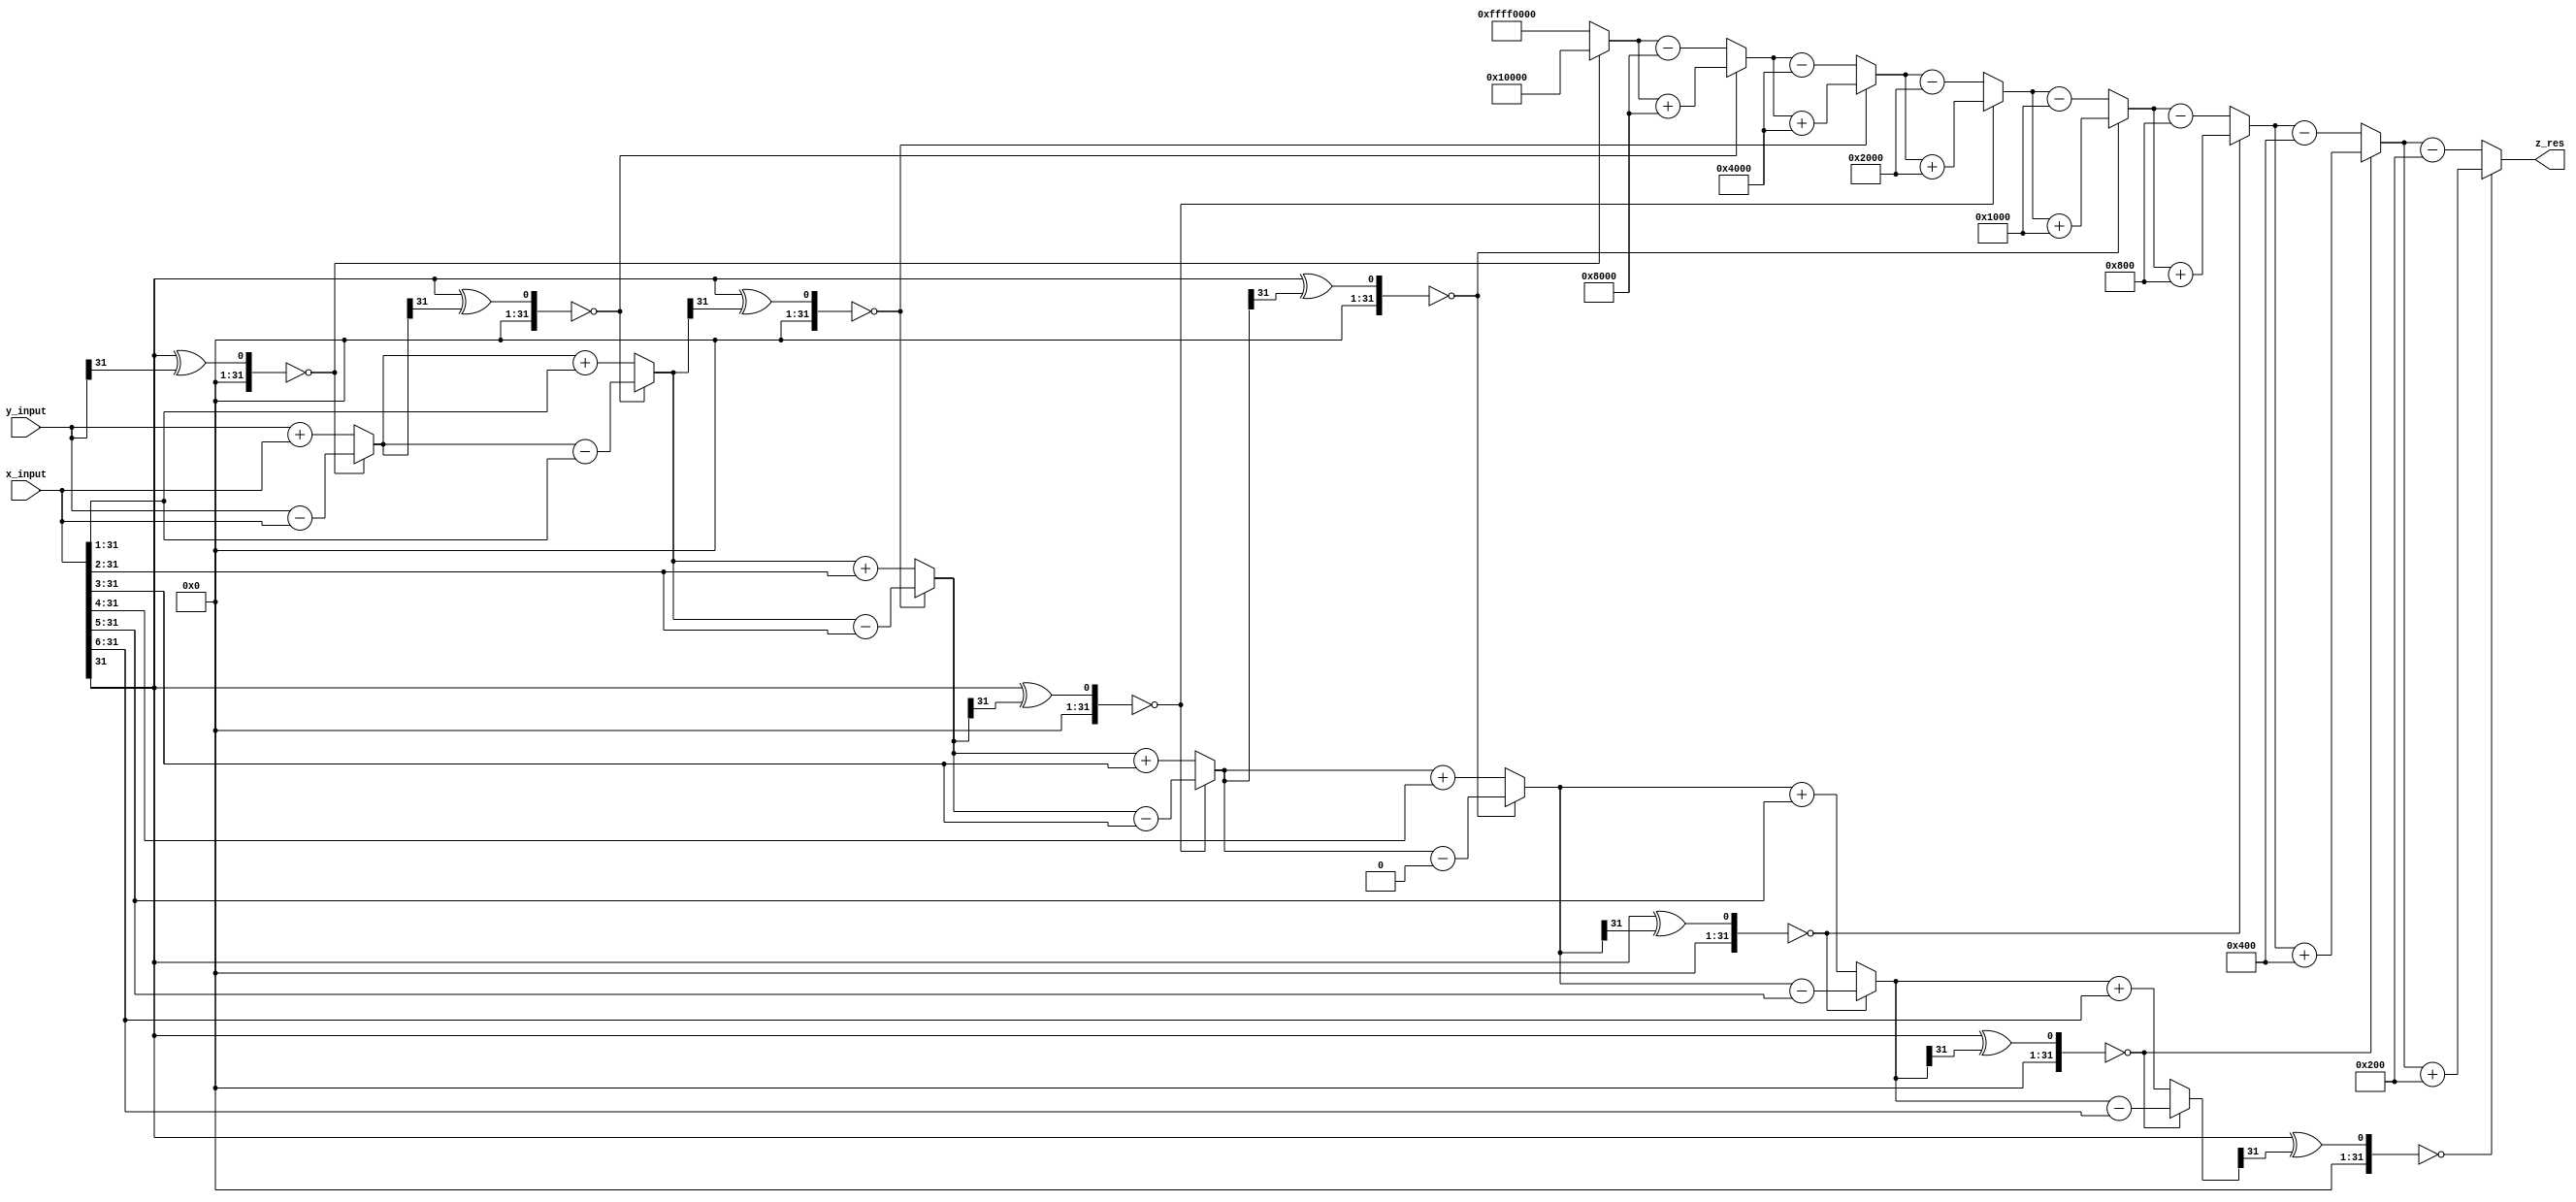
module cordic_division_comb_hyperbolic(x_input,y_input,z_res);

// Apparently verilog does not support two dimensional arrays as ports (system verilog does)
// However, let us see if this works for simulation

// input clk,rst;  // Input clock and reset signals
 input signed [31:0] x_input;   // 20 bits to denote the x input(16 bits including MSB for the integer part and 4 bits for the fractional part)
 input signed [31:0] y_input;   // 20 bits to denote the y input (16 bits including MSB for the integer part and 4 bits for the fractional part)
 
 output reg signed [31:0] z_res; // 20 bits (4 for integer part and 16 for fractional part) 
 
// reg signed [31:0] x_input_clk ;  // to store the x input (4 bits for the integer part including MSB and 16 bits for the fractional part)
// reg signed [31:0] y_input_clk ;  // to store the y input (4 bits for the integer part including MSB and 16 bits for the fractional part)
 
 reg signed [31:0] x;        // to store the x results of each step (4 bits for the integer part including MSB and 16 bits for the fractional part)
 reg signed [31:0] y [9:0];  // to store the y results of each step (4 bits for the integer part including MSB and 16 bits for the fractional part)
 
 wire signed[31:0] look_up [8:0];       // to store look up values of arc tan using 20 bits (16 bits including MSB to denote the integer part and 4 bits to denote the fractional part)
 reg  signed[31:0] z[8:0];  // Array of 20 bit registers to store the rotated angle 
 reg  d[8:0]; // Array of 1 bit registers to denote the direction of rotation. 1/0 => Anticlockwise / Clockwise rotation 
 
 // In the look up table of (2^-i), 4 bits are used for integer and 16 bits are used for fractional part
 assign look_up[0] = {16'd1,16'b0000000000000000};   // 2 ^ (-0) = 1
 assign look_up[1] = {16'd0,16'b1000000000000000};   // 2 ^ (-1) = 0.5
 assign look_up[2] = {16'd0,16'b0100000000000000};   // 2 ^ (-2) = 0.25
 assign look_up[3] = {16'd0,16'b0010000000000000};   // 2 ^ (-3) = 0.125
 assign look_up[4] = {16'd0,16'b0001000000000000};   // 2 ^ (-4) = 0.0625
 assign look_up[5] = {16'd0,16'b0000100000000000};   // 2 ^ (-5) = 0.03125
 assign look_up[6] = {16'd0,16'b0000010000000000};   // 2 ^ (-6) = 0.015625
 assign look_up[7] = {16'd0,16'b0000001000000000};   // 2 ^ (-7) = 0.0078125
 assign look_up[8] = {16'd0,16'b0000000100000000};   // 2 ^ (-8) = 0.00390625
// assign look_up[9] = 00000000000010000000;   // 2 ^ (-9) = 0.001953125
 
// always@(posedge clk)
//  begin
//    if (rst == 0)
//      begin
//         x_input_clk     <= 20'b0;
//         y_input_clk     <= 20'b0;
//         z_res <= 20'b0; 
//      end  
//    else 
//      begin
//         x_input_clk <= x_input;
//         y_input_clk <= y_input;
//         z_res <= z[8][31:0]; 
//      end
//  end
 
 
 // Place them in a separate always block as they are fixed (This helps us avoid numerous RTL errors)
 always@(*)
   begin
      x    = x_input; // x[0] = 0.6072 (4 bits for the integer part and 10 bits for the fractional part)
      y[0] = y_input; // y[0] = 0.0000 (4 bits for the integer part and 10 bits for the fractional part)
      z[0] = 32'b0; 
      d[0] = ((x[31] ^ (y[0][31])) == 0) ? 0 : 1;  
   end
   
   
 always@(*)
   begin

//step 1     
     y[1] = (d[0] == 1) ? (y[0] + x) : (y[0]-x);
     z[1] = (d[0] == 1) ? (z[0] - look_up[0]) : (z[0]+look_up[0]);
     d[1] = ((x[31] ^ (y[1][31])) == 0) ? 0 : 1;
      
//step 2
     y[2] = (d[1] == 1) ? (y[1] + (x>>>1)) : (y[1]-(x>>>1));
     z[2] = (d[1] == 1) ? (z[1] - look_up[1]) : (z[1]+look_up[1]);
     d[2] = ((x[31] ^ (y[2][31])) == 0) ? 0 : 1; 
     
//step 3
     y[3] = (d[2] == 1) ? (y[2] + (x>>>2)) : (y[2]-(x>>>2));
     z[3] = (d[2] == 1) ? (z[2] - look_up[2]) : (z[2]+look_up[2]);
     d[3] = ((x[31] ^ (y[3][31])) == 0) ? 0 : 1;
     
//step 4
     y[4] = (d[3] == 1) ? (y[3] + (x>>>3)) : (y[3]-(x>>>3));
     z[4] = (d[3] == 1) ? (z[3] - look_up[3]) : (z[3]+look_up[3]);
     d[4] = ((x[31] ^ (y[4][31])) == 0) ? 0 : 1;
     
//step 5
     y[5] = (d[4] == 1) ? (y[4] + (x>>>4)) : (y[4]-(x[4]>>>4));
     z[5] = (d[4] == 1) ? (z[4] - look_up[4]) : (z[4]+look_up[4]);
     d[5] = ((x[31] ^ (y[5][31])) == 0) ? 0 : 1;
     
//step 6
     y[6] = (d[5] == 1) ? (y[5] + (x>>>5)) : (y[5]-(x>>>5));
     z[6] = (d[5] == 1) ? (z[5] - look_up[5]) : (z[5]+look_up[5]);
     d[6] = ((x[31] ^ (y[6][31])) == 0) ? 0 : 1;
     
//step 7
     y[7] = (d[6] == 1) ? (y[6] + (x>>>6)) : (y[6]-(x>>>6));
     z[7] = (d[6] == 1) ? (z[6] - look_up[6]) : (z[6]+look_up[6]);
     d[7] = ((x[31] ^ (y[7][31])) == 0) ? 0 : 1;
     
//step 8
     y[8] = (d[7] == 1) ? (y[7] + (x>>>7)) : (y[7]-(x>>>7));
     z[8] = (d[7] == 1) ? (z[7] - look_up[7]) : (z[7]+look_up[7]);
     d[8] = ((x[31] ^ (y[8][31])) == 0) ? 0 : 1;
     
//step 9
     y[9] = (d[8] == 1) ? (y[8] + (x>>>8)) : (y[8]-(x>>>8));
     z[9] = (d[8] == 1) ? (z[8] - look_up[8]) : (z[8]+look_up[8]);
     d[9] = ((x[31] ^ (y[9][31])) == 0) ? 0 : 1;
    
    z_res = z[8];   
end

endmodule